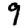
Digit: 9